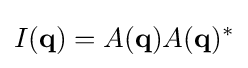
I(\mathbf {q} )=A(\mathbf {q} )A(\mathbf {q} )^{*}